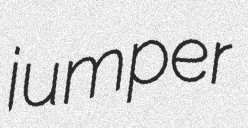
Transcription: jumper